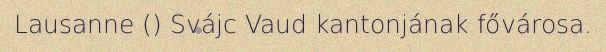
Lausanne () Svájc Vaud kantonjának fővárosa.